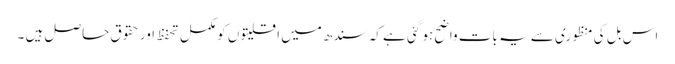
اس بل کی منظوری سے یہ بات واضح ہو گئی ہے کہ سندھ میں اقلیتوں کو مکمل تحفظ اور حقوق حاصل ہیں ۔